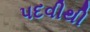
પદવીથી